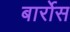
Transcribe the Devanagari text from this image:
बार्रोस